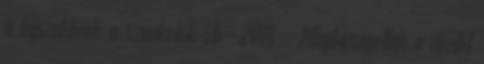
a legszebbnek a szurkolók Vb-2018 – Megbírságolták a döntőt